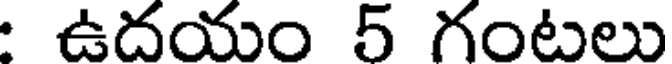
ఉదయం 5 గంటలు